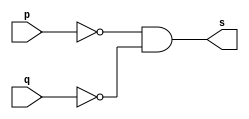
//--------------------------------------
//Exercicio0005 - NOR com DeMorgan
//Nome: Mateus Guilherme do Carmo Cruz
//Matrcula: 427446
//---------------------------------------

//------------------
//-- nor gate
//------------------

module norgate(output s,
						input p,
						input q);
	assign s = (~p)&(~q);
endmodule//norgate

//--------------------
//-- test nor gate
//--------------------

module testnorgate;
	//------------ definir dados
	reg a,b;	//definir registradores
	wire s;	//conexo(fio)
	
	//------------------- instancia
	norgate NOR1(s,a,b);
	
	//-------------------preparacao
	initial begin:start
		a=0;b=0;
	end
	
	//-------------------parte principal
	initial begin
		$display("Exercicio0002 - Mateus Guilherme do Carmo Cruz - 427446");
		$display("Test NOR gate com DeMorgan");
		$display("\na ~| b = s\n");
		$monitor("%b ~| %b = %b",a,b,s);
		#1 a=0;b=1;
		#1 a=1;b=0;
		#1 a=1;b=1;
	end

endmodule//testnorgate